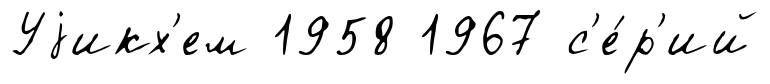
Уjикх'ем 1958 1967 с'е́р'ий